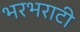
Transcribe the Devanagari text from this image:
भरभराटी